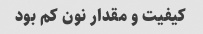
کیفیت و مقدار نون کم بود